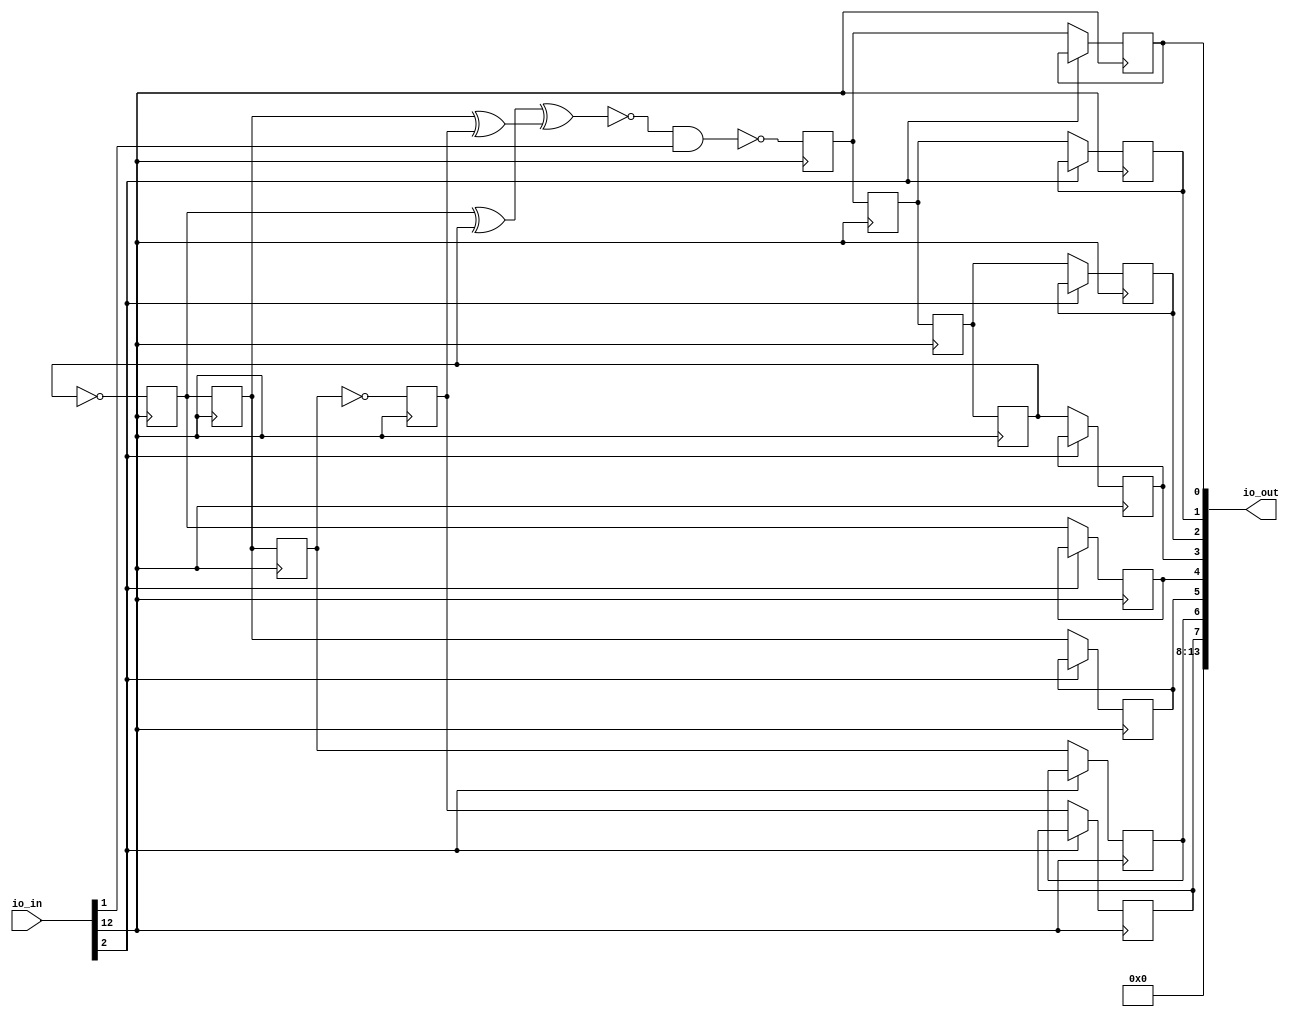
/* Generated by Yosys 0.25+83 (git sha1 755b753e1, aarch64-apple-darwin20.2-clang 10.0.0-4ubuntu1 -fPIC -Os) */

/* top =  1  */
/* src = "d31_mdhamank_lfsr/src/wrapper.v:2.9-13.18" */
module d31_mdhamank_lfsr(io_in, io_out);
  wire _00_;
  wire _01_;
  wire _02_;
  /* src = "d31_mdhamank_lfsr/src/wrapper.v:3.26-3.31" */
  input [13:0] io_in;
  wire [13:0] io_in;
  /* src = "d31_mdhamank_lfsr/src/wrapper.v:4.27-4.33" */
  output [13:0] io_out;
  wire [13:0] io_out;
  /* hdlname = "mchip flipflop1 clk" */
  /* src = "d31_mdhamank_lfsr/src/wrapper.v:8.44-11.14|d31_mdhamank_lfsr/src/cells.v:71.16-71.19|d31_mdhamank_lfsr/src/wokwi.v:65.12-69.4" */
  wire \mchip.flipflop1.clk ;
  /* hdlname = "mchip flipflop1 d" */
  /* src = "d31_mdhamank_lfsr/src/wrapper.v:8.44-11.14|d31_mdhamank_lfsr/src/cells.v:72.16-72.17|d31_mdhamank_lfsr/src/wokwi.v:65.12-69.4" */
  wire \mchip.flipflop1.d ;
  /* hdlname = "mchip flipflop1 q" */
  /* src = "d31_mdhamank_lfsr/src/wrapper.v:8.44-11.14|d31_mdhamank_lfsr/src/cells.v:73.16-73.17|d31_mdhamank_lfsr/src/wokwi.v:65.12-69.4" */
  reg \mchip.flipflop1.q ;
  /* hdlname = "mchip flipflop10 clk" */
  /* src = "d31_mdhamank_lfsr/src/wrapper.v:8.44-11.14|d31_mdhamank_lfsr/src/cells.v:71.16-71.19|d31_mdhamank_lfsr/src/wokwi.v:122.12-126.4" */
  wire \mchip.flipflop10.clk ;
  /* hdlname = "mchip flipflop10 q" */
  /* src = "d31_mdhamank_lfsr/src/wrapper.v:8.44-11.14|d31_mdhamank_lfsr/src/cells.v:73.16-73.17|d31_mdhamank_lfsr/src/wokwi.v:122.12-126.4" */
  reg \mchip.flipflop10.q ;
  /* hdlname = "mchip flipflop11 clk" */
  /* src = "d31_mdhamank_lfsr/src/wrapper.v:8.44-11.14|d31_mdhamank_lfsr/src/cells.v:71.16-71.19|d31_mdhamank_lfsr/src/wokwi.v:127.12-131.4" */
  wire \mchip.flipflop11.clk ;
  /* hdlname = "mchip flipflop11 q" */
  /* src = "d31_mdhamank_lfsr/src/wrapper.v:8.44-11.14|d31_mdhamank_lfsr/src/cells.v:73.16-73.17|d31_mdhamank_lfsr/src/wokwi.v:127.12-131.4" */
  reg \mchip.flipflop11.q ;
  /* hdlname = "mchip flipflop12 clk" */
  /* src = "d31_mdhamank_lfsr/src/wrapper.v:8.44-11.14|d31_mdhamank_lfsr/src/cells.v:71.16-71.19|d31_mdhamank_lfsr/src/wokwi.v:132.12-136.4" */
  wire \mchip.flipflop12.clk ;
  /* hdlname = "mchip flipflop12 q" */
  /* src = "d31_mdhamank_lfsr/src/wrapper.v:8.44-11.14|d31_mdhamank_lfsr/src/cells.v:73.16-73.17|d31_mdhamank_lfsr/src/wokwi.v:132.12-136.4" */
  reg \mchip.flipflop12.q ;
  /* hdlname = "mchip flipflop13 clk" */
  /* src = "d31_mdhamank_lfsr/src/wrapper.v:8.44-11.14|d31_mdhamank_lfsr/src/cells.v:71.16-71.19|d31_mdhamank_lfsr/src/wokwi.v:137.12-141.4" */
  wire \mchip.flipflop13.clk ;
  /* hdlname = "mchip flipflop13 q" */
  /* src = "d31_mdhamank_lfsr/src/wrapper.v:8.44-11.14|d31_mdhamank_lfsr/src/cells.v:73.16-73.17|d31_mdhamank_lfsr/src/wokwi.v:137.12-141.4" */
  reg \mchip.flipflop13.q ;
  /* hdlname = "mchip flipflop14 clk" */
  /* src = "d31_mdhamank_lfsr/src/wrapper.v:8.44-11.14|d31_mdhamank_lfsr/src/cells.v:71.16-71.19|d31_mdhamank_lfsr/src/wokwi.v:142.12-146.4" */
  wire \mchip.flipflop14.clk ;
  /* hdlname = "mchip flipflop14 q" */
  /* src = "d31_mdhamank_lfsr/src/wrapper.v:8.44-11.14|d31_mdhamank_lfsr/src/cells.v:73.16-73.17|d31_mdhamank_lfsr/src/wokwi.v:142.12-146.4" */
  reg \mchip.flipflop14.q ;
  /* hdlname = "mchip flipflop15 clk" */
  /* src = "d31_mdhamank_lfsr/src/wrapper.v:8.44-11.14|d31_mdhamank_lfsr/src/cells.v:71.16-71.19|d31_mdhamank_lfsr/src/wokwi.v:147.12-151.4" */
  wire \mchip.flipflop15.clk ;
  /* hdlname = "mchip flipflop15 q" */
  /* src = "d31_mdhamank_lfsr/src/wrapper.v:8.44-11.14|d31_mdhamank_lfsr/src/cells.v:73.16-73.17|d31_mdhamank_lfsr/src/wokwi.v:147.12-151.4" */
  reg \mchip.flipflop15.q ;
  /* hdlname = "mchip flipflop16 clk" */
  /* src = "d31_mdhamank_lfsr/src/wrapper.v:8.44-11.14|d31_mdhamank_lfsr/src/cells.v:71.16-71.19|d31_mdhamank_lfsr/src/wokwi.v:152.12-156.4" */
  wire \mchip.flipflop16.clk ;
  /* hdlname = "mchip flipflop16 q" */
  /* src = "d31_mdhamank_lfsr/src/wrapper.v:8.44-11.14|d31_mdhamank_lfsr/src/cells.v:73.16-73.17|d31_mdhamank_lfsr/src/wokwi.v:152.12-156.4" */
  reg \mchip.flipflop16.q ;
  /* hdlname = "mchip flipflop2 clk" */
  /* src = "d31_mdhamank_lfsr/src/wrapper.v:8.44-11.14|d31_mdhamank_lfsr/src/cells.v:71.16-71.19|d31_mdhamank_lfsr/src/wokwi.v:60.12-64.4" */
  wire \mchip.flipflop2.clk ;
  /* hdlname = "mchip flipflop2 d" */
  /* src = "d31_mdhamank_lfsr/src/wrapper.v:8.44-11.14|d31_mdhamank_lfsr/src/cells.v:72.16-72.17|d31_mdhamank_lfsr/src/wokwi.v:60.12-64.4" */
  wire \mchip.flipflop2.d ;
  /* hdlname = "mchip flipflop2 q" */
  /* src = "d31_mdhamank_lfsr/src/wrapper.v:8.44-11.14|d31_mdhamank_lfsr/src/cells.v:73.16-73.17|d31_mdhamank_lfsr/src/wokwi.v:60.12-64.4" */
  reg \mchip.flipflop2.q ;
  /* hdlname = "mchip flipflop3 clk" */
  /* src = "d31_mdhamank_lfsr/src/wrapper.v:8.44-11.14|d31_mdhamank_lfsr/src/cells.v:71.16-71.19|d31_mdhamank_lfsr/src/wokwi.v:70.12-74.4" */
  wire \mchip.flipflop3.clk ;
  /* hdlname = "mchip flipflop3 d" */
  /* src = "d31_mdhamank_lfsr/src/wrapper.v:8.44-11.14|d31_mdhamank_lfsr/src/cells.v:72.16-72.17|d31_mdhamank_lfsr/src/wokwi.v:70.12-74.4" */
  wire \mchip.flipflop3.d ;
  /* hdlname = "mchip flipflop3 q" */
  /* src = "d31_mdhamank_lfsr/src/wrapper.v:8.44-11.14|d31_mdhamank_lfsr/src/cells.v:73.16-73.17|d31_mdhamank_lfsr/src/wokwi.v:70.12-74.4" */
  reg \mchip.flipflop3.q ;
  /* hdlname = "mchip flipflop4 clk" */
  /* src = "d31_mdhamank_lfsr/src/wrapper.v:8.44-11.14|d31_mdhamank_lfsr/src/cells.v:71.16-71.19|d31_mdhamank_lfsr/src/wokwi.v:75.12-80.4" */
  wire \mchip.flipflop4.clk ;
  /* hdlname = "mchip flipflop4 d" */
  /* src = "d31_mdhamank_lfsr/src/wrapper.v:8.44-11.14|d31_mdhamank_lfsr/src/cells.v:72.16-72.17|d31_mdhamank_lfsr/src/wokwi.v:75.12-80.4" */
  wire \mchip.flipflop4.d ;
  /* hdlname = "mchip flipflop4 notq" */
  /* src = "d31_mdhamank_lfsr/src/wrapper.v:8.44-11.14|d31_mdhamank_lfsr/src/cells.v:74.17-74.21|d31_mdhamank_lfsr/src/wokwi.v:75.12-80.4" */
  wire \mchip.flipflop4.notq ;
  /* hdlname = "mchip flipflop4 q" */
  /* src = "d31_mdhamank_lfsr/src/wrapper.v:8.44-11.14|d31_mdhamank_lfsr/src/cells.v:73.16-73.17|d31_mdhamank_lfsr/src/wokwi.v:75.12-80.4" */
  reg \mchip.flipflop4.q ;
  /* hdlname = "mchip flipflop5 clk" */
  /* src = "d31_mdhamank_lfsr/src/wrapper.v:8.44-11.14|d31_mdhamank_lfsr/src/cells.v:71.16-71.19|d31_mdhamank_lfsr/src/wokwi.v:81.12-85.4" */
  wire \mchip.flipflop5.clk ;
  /* hdlname = "mchip flipflop5 d" */
  /* src = "d31_mdhamank_lfsr/src/wrapper.v:8.44-11.14|d31_mdhamank_lfsr/src/cells.v:72.16-72.17|d31_mdhamank_lfsr/src/wokwi.v:81.12-85.4" */
  wire \mchip.flipflop5.d ;
  /* hdlname = "mchip flipflop5 q" */
  /* src = "d31_mdhamank_lfsr/src/wrapper.v:8.44-11.14|d31_mdhamank_lfsr/src/cells.v:73.16-73.17|d31_mdhamank_lfsr/src/wokwi.v:81.12-85.4" */
  reg \mchip.flipflop5.q ;
  /* hdlname = "mchip flipflop6 clk" */
  /* src = "d31_mdhamank_lfsr/src/wrapper.v:8.44-11.14|d31_mdhamank_lfsr/src/cells.v:71.16-71.19|d31_mdhamank_lfsr/src/wokwi.v:86.12-91.4" */
  wire \mchip.flipflop6.clk ;
  /* hdlname = "mchip flipflop6 d" */
  /* src = "d31_mdhamank_lfsr/src/wrapper.v:8.44-11.14|d31_mdhamank_lfsr/src/cells.v:72.16-72.17|d31_mdhamank_lfsr/src/wokwi.v:86.12-91.4" */
  wire \mchip.flipflop6.d ;
  /* hdlname = "mchip flipflop6 notq" */
  /* src = "d31_mdhamank_lfsr/src/wrapper.v:8.44-11.14|d31_mdhamank_lfsr/src/cells.v:74.17-74.21|d31_mdhamank_lfsr/src/wokwi.v:86.12-91.4" */
  wire \mchip.flipflop6.notq ;
  /* hdlname = "mchip flipflop6 q" */
  /* src = "d31_mdhamank_lfsr/src/wrapper.v:8.44-11.14|d31_mdhamank_lfsr/src/cells.v:73.16-73.17|d31_mdhamank_lfsr/src/wokwi.v:86.12-91.4" */
  reg \mchip.flipflop6.q ;
  /* hdlname = "mchip flipflop7 clk" */
  /* src = "d31_mdhamank_lfsr/src/wrapper.v:8.44-11.14|d31_mdhamank_lfsr/src/cells.v:71.16-71.19|d31_mdhamank_lfsr/src/wokwi.v:92.12-96.4" */
  wire \mchip.flipflop7.clk ;
  /* hdlname = "mchip flipflop7 d" */
  /* src = "d31_mdhamank_lfsr/src/wrapper.v:8.44-11.14|d31_mdhamank_lfsr/src/cells.v:72.16-72.17|d31_mdhamank_lfsr/src/wokwi.v:92.12-96.4" */
  wire \mchip.flipflop7.d ;
  /* hdlname = "mchip flipflop7 q" */
  /* src = "d31_mdhamank_lfsr/src/wrapper.v:8.44-11.14|d31_mdhamank_lfsr/src/cells.v:73.16-73.17|d31_mdhamank_lfsr/src/wokwi.v:92.12-96.4" */
  reg \mchip.flipflop7.q ;
  /* hdlname = "mchip flipflop8 clk" */
  /* src = "d31_mdhamank_lfsr/src/wrapper.v:8.44-11.14|d31_mdhamank_lfsr/src/cells.v:71.16-71.19|d31_mdhamank_lfsr/src/wokwi.v:97.12-101.4" */
  wire \mchip.flipflop8.clk ;
  /* hdlname = "mchip flipflop8 d" */
  /* src = "d31_mdhamank_lfsr/src/wrapper.v:8.44-11.14|d31_mdhamank_lfsr/src/cells.v:72.16-72.17|d31_mdhamank_lfsr/src/wokwi.v:97.12-101.4" */
  wire \mchip.flipflop8.d ;
  /* hdlname = "mchip flipflop8 q" */
  /* src = "d31_mdhamank_lfsr/src/wrapper.v:8.44-11.14|d31_mdhamank_lfsr/src/cells.v:73.16-73.17|d31_mdhamank_lfsr/src/wokwi.v:97.12-101.4" */
  reg \mchip.flipflop8.q ;
  /* hdlname = "mchip flipflop9 clk" */
  /* src = "d31_mdhamank_lfsr/src/wrapper.v:8.44-11.14|d31_mdhamank_lfsr/src/cells.v:71.16-71.19|d31_mdhamank_lfsr/src/wokwi.v:117.12-121.4" */
  wire \mchip.flipflop9.clk ;
  /* hdlname = "mchip flipflop9 q" */
  /* src = "d31_mdhamank_lfsr/src/wrapper.v:8.44-11.14|d31_mdhamank_lfsr/src/cells.v:73.16-73.17|d31_mdhamank_lfsr/src/wokwi.v:117.12-121.4" */
  reg \mchip.flipflop9.q ;
  /* hdlname = "mchip gate5 in" */
  /* src = "d31_mdhamank_lfsr/src/wrapper.v:8.44-11.14|d31_mdhamank_lfsr/src/cells.v:53.16-53.18|d31_mdhamank_lfsr/src/wokwi.v:56.12-59.4" */
  wire \mchip.gate5.in ;
  /* hdlname = "mchip io_in" */
  /* src = "d31_mdhamank_lfsr/src/wrapper.v:8.44-11.14|d31_mdhamank_lfsr/src/wokwi.v:6.15-6.20" */
  /* unused_bits = "3 4 5 6 7" */
  wire [7:0] \mchip.io_in ;
  /* hdlname = "mchip io_out" */
  /* src = "d31_mdhamank_lfsr/src/wrapper.v:8.44-11.14|d31_mdhamank_lfsr/src/wokwi.v:7.16-7.22" */
  wire [7:0] \mchip.io_out ;
  /* hdlname = "mchip mux1 out" */
  /* src = "d31_mdhamank_lfsr/src/wrapper.v:8.44-11.14|d31_mdhamank_lfsr/src/cells.v:64.17-64.20|d31_mdhamank_lfsr/src/wokwi.v:157.12-162.4" */
  wire \mchip.mux1.out ;
  /* hdlname = "mchip mux1 sel" */
  /* src = "d31_mdhamank_lfsr/src/wrapper.v:8.44-11.14|d31_mdhamank_lfsr/src/cells.v:63.16-63.19|d31_mdhamank_lfsr/src/wokwi.v:157.12-162.4" */
  wire \mchip.mux1.sel ;
  /* hdlname = "mchip mux2 a" */
  /* src = "d31_mdhamank_lfsr/src/wrapper.v:8.44-11.14|d31_mdhamank_lfsr/src/cells.v:61.16-61.17|d31_mdhamank_lfsr/src/wokwi.v:163.12-168.4" */
  wire \mchip.mux2.a ;
  /* hdlname = "mchip mux2 b" */
  /* src = "d31_mdhamank_lfsr/src/wrapper.v:8.44-11.14|d31_mdhamank_lfsr/src/cells.v:62.16-62.17|d31_mdhamank_lfsr/src/wokwi.v:163.12-168.4" */
  wire \mchip.mux2.b ;
  /* hdlname = "mchip mux2 sel" */
  /* src = "d31_mdhamank_lfsr/src/wrapper.v:8.44-11.14|d31_mdhamank_lfsr/src/cells.v:63.16-63.19|d31_mdhamank_lfsr/src/wokwi.v:163.12-168.4" */
  wire \mchip.mux2.sel ;
  /* hdlname = "mchip mux3 a" */
  /* src = "d31_mdhamank_lfsr/src/wrapper.v:8.44-11.14|d31_mdhamank_lfsr/src/cells.v:61.16-61.17|d31_mdhamank_lfsr/src/wokwi.v:169.12-174.4" */
  wire \mchip.mux3.a ;
  /* hdlname = "mchip mux3 b" */
  /* src = "d31_mdhamank_lfsr/src/wrapper.v:8.44-11.14|d31_mdhamank_lfsr/src/cells.v:62.16-62.17|d31_mdhamank_lfsr/src/wokwi.v:169.12-174.4" */
  wire \mchip.mux3.b ;
  /* hdlname = "mchip mux3 sel" */
  /* src = "d31_mdhamank_lfsr/src/wrapper.v:8.44-11.14|d31_mdhamank_lfsr/src/cells.v:63.16-63.19|d31_mdhamank_lfsr/src/wokwi.v:169.12-174.4" */
  wire \mchip.mux3.sel ;
  /* hdlname = "mchip mux4 a" */
  /* src = "d31_mdhamank_lfsr/src/wrapper.v:8.44-11.14|d31_mdhamank_lfsr/src/cells.v:61.16-61.17|d31_mdhamank_lfsr/src/wokwi.v:175.12-180.4" */
  wire \mchip.mux4.a ;
  /* hdlname = "mchip mux4 b" */
  /* src = "d31_mdhamank_lfsr/src/wrapper.v:8.44-11.14|d31_mdhamank_lfsr/src/cells.v:62.16-62.17|d31_mdhamank_lfsr/src/wokwi.v:175.12-180.4" */
  wire \mchip.mux4.b ;
  /* hdlname = "mchip mux4 sel" */
  /* src = "d31_mdhamank_lfsr/src/wrapper.v:8.44-11.14|d31_mdhamank_lfsr/src/cells.v:63.16-63.19|d31_mdhamank_lfsr/src/wokwi.v:175.12-180.4" */
  wire \mchip.mux4.sel ;
  /* hdlname = "mchip mux5 a" */
  /* src = "d31_mdhamank_lfsr/src/wrapper.v:8.44-11.14|d31_mdhamank_lfsr/src/cells.v:61.16-61.17|d31_mdhamank_lfsr/src/wokwi.v:181.12-186.4" */
  wire \mchip.mux5.a ;
  /* hdlname = "mchip mux5 b" */
  /* src = "d31_mdhamank_lfsr/src/wrapper.v:8.44-11.14|d31_mdhamank_lfsr/src/cells.v:62.16-62.17|d31_mdhamank_lfsr/src/wokwi.v:181.12-186.4" */
  wire \mchip.mux5.b ;
  /* hdlname = "mchip mux5 sel" */
  /* src = "d31_mdhamank_lfsr/src/wrapper.v:8.44-11.14|d31_mdhamank_lfsr/src/cells.v:63.16-63.19|d31_mdhamank_lfsr/src/wokwi.v:181.12-186.4" */
  wire \mchip.mux5.sel ;
  /* hdlname = "mchip mux6 a" */
  /* src = "d31_mdhamank_lfsr/src/wrapper.v:8.44-11.14|d31_mdhamank_lfsr/src/cells.v:61.16-61.17|d31_mdhamank_lfsr/src/wokwi.v:187.12-192.4" */
  wire \mchip.mux6.a ;
  /* hdlname = "mchip mux6 b" */
  /* src = "d31_mdhamank_lfsr/src/wrapper.v:8.44-11.14|d31_mdhamank_lfsr/src/cells.v:62.16-62.17|d31_mdhamank_lfsr/src/wokwi.v:187.12-192.4" */
  wire \mchip.mux6.b ;
  /* hdlname = "mchip mux6 sel" */
  /* src = "d31_mdhamank_lfsr/src/wrapper.v:8.44-11.14|d31_mdhamank_lfsr/src/cells.v:63.16-63.19|d31_mdhamank_lfsr/src/wokwi.v:187.12-192.4" */
  wire \mchip.mux6.sel ;
  /* hdlname = "mchip mux7 a" */
  /* src = "d31_mdhamank_lfsr/src/wrapper.v:8.44-11.14|d31_mdhamank_lfsr/src/cells.v:61.16-61.17|d31_mdhamank_lfsr/src/wokwi.v:193.12-198.4" */
  wire \mchip.mux7.a ;
  /* hdlname = "mchip mux7 b" */
  /* src = "d31_mdhamank_lfsr/src/wrapper.v:8.44-11.14|d31_mdhamank_lfsr/src/cells.v:62.16-62.17|d31_mdhamank_lfsr/src/wokwi.v:193.12-198.4" */
  wire \mchip.mux7.b ;
  /* hdlname = "mchip mux7 sel" */
  /* src = "d31_mdhamank_lfsr/src/wrapper.v:8.44-11.14|d31_mdhamank_lfsr/src/cells.v:63.16-63.19|d31_mdhamank_lfsr/src/wokwi.v:193.12-198.4" */
  wire \mchip.mux7.sel ;
  /* hdlname = "mchip mux8 a" */
  /* src = "d31_mdhamank_lfsr/src/wrapper.v:8.44-11.14|d31_mdhamank_lfsr/src/cells.v:61.16-61.17|d31_mdhamank_lfsr/src/wokwi.v:199.12-204.4" */
  wire \mchip.mux8.a ;
  /* hdlname = "mchip mux8 b" */
  /* src = "d31_mdhamank_lfsr/src/wrapper.v:8.44-11.14|d31_mdhamank_lfsr/src/cells.v:62.16-62.17|d31_mdhamank_lfsr/src/wokwi.v:199.12-204.4" */
  wire \mchip.mux8.b ;
  /* hdlname = "mchip mux8 sel" */
  /* src = "d31_mdhamank_lfsr/src/wrapper.v:8.44-11.14|d31_mdhamank_lfsr/src/cells.v:63.16-63.19|d31_mdhamank_lfsr/src/wokwi.v:199.12-204.4" */
  wire \mchip.mux8.sel ;
  /* hdlname = "mchip mux9 a" */
  /* src = "d31_mdhamank_lfsr/src/wrapper.v:8.44-11.14|d31_mdhamank_lfsr/src/cells.v:61.16-61.17|d31_mdhamank_lfsr/src/wokwi.v:205.12-210.4" */
  wire \mchip.mux9.a ;
  /* hdlname = "mchip mux9 b" */
  /* src = "d31_mdhamank_lfsr/src/wrapper.v:8.44-11.14|d31_mdhamank_lfsr/src/cells.v:62.16-62.17|d31_mdhamank_lfsr/src/wokwi.v:205.12-210.4" */
  wire \mchip.mux9.b ;
  /* hdlname = "mchip mux9 sel" */
  /* src = "d31_mdhamank_lfsr/src/wrapper.v:8.44-11.14|d31_mdhamank_lfsr/src/cells.v:63.16-63.19|d31_mdhamank_lfsr/src/wokwi.v:205.12-210.4" */
  wire \mchip.mux9.sel ;
  /* hdlname = "mchip net1" */
  /* src = "d31_mdhamank_lfsr/src/wrapper.v:8.44-11.14|d31_mdhamank_lfsr/src/wokwi.v:9.8-9.12" */
  wire \mchip.net1 ;
  /* hdlname = "mchip net10" */
  /* src = "d31_mdhamank_lfsr/src/wrapper.v:8.44-11.14|d31_mdhamank_lfsr/src/wokwi.v:18.8-18.13" */
  wire \mchip.net10 ;
  /* hdlname = "mchip net11" */
  /* src = "d31_mdhamank_lfsr/src/wrapper.v:8.44-11.14|d31_mdhamank_lfsr/src/wokwi.v:19.8-19.13" */
  wire \mchip.net11 ;
  /* hdlname = "mchip net12" */
  /* src = "d31_mdhamank_lfsr/src/wrapper.v:8.44-11.14|d31_mdhamank_lfsr/src/wokwi.v:20.8-20.13" */
  wire \mchip.net12 ;
  /* hdlname = "mchip net13" */
  /* src = "d31_mdhamank_lfsr/src/wrapper.v:8.44-11.14|d31_mdhamank_lfsr/src/wokwi.v:21.8-21.13" */
  wire \mchip.net13 ;
  /* hdlname = "mchip net15" */
  /* src = "d31_mdhamank_lfsr/src/wrapper.v:8.44-11.14|d31_mdhamank_lfsr/src/wokwi.v:23.8-23.13" */
  wire \mchip.net15 ;
  /* hdlname = "mchip net16" */
  /* src = "d31_mdhamank_lfsr/src/wrapper.v:8.44-11.14|d31_mdhamank_lfsr/src/wokwi.v:24.8-24.13" */
  wire \mchip.net16 ;
  /* hdlname = "mchip net17" */
  /* src = "d31_mdhamank_lfsr/src/wrapper.v:8.44-11.14|d31_mdhamank_lfsr/src/wokwi.v:25.8-25.13" */
  wire \mchip.net17 ;
  /* hdlname = "mchip net18" */
  /* src = "d31_mdhamank_lfsr/src/wrapper.v:8.44-11.14|d31_mdhamank_lfsr/src/wokwi.v:26.8-26.13" */
  wire \mchip.net18 ;
  /* hdlname = "mchip net19" */
  /* src = "d31_mdhamank_lfsr/src/wrapper.v:8.44-11.14|d31_mdhamank_lfsr/src/wokwi.v:27.8-27.13" */
  wire \mchip.net19 ;
  /* hdlname = "mchip net2" */
  /* src = "d31_mdhamank_lfsr/src/wrapper.v:8.44-11.14|d31_mdhamank_lfsr/src/wokwi.v:10.8-10.12" */
  wire \mchip.net2 ;
  /* hdlname = "mchip net20" */
  /* src = "d31_mdhamank_lfsr/src/wrapper.v:8.44-11.14|d31_mdhamank_lfsr/src/wokwi.v:28.8-28.13" */
  wire \mchip.net20 ;
  /* hdlname = "mchip net21" */
  /* src = "d31_mdhamank_lfsr/src/wrapper.v:8.44-11.14|d31_mdhamank_lfsr/src/wokwi.v:29.8-29.13" */
  wire \mchip.net21 ;
  /* hdlname = "mchip net22" */
  /* src = "d31_mdhamank_lfsr/src/wrapper.v:8.44-11.14|d31_mdhamank_lfsr/src/wokwi.v:30.8-30.13" */
  wire \mchip.net22 ;
  /* hdlname = "mchip net23" */
  /* src = "d31_mdhamank_lfsr/src/wrapper.v:8.44-11.14|d31_mdhamank_lfsr/src/wokwi.v:31.8-31.13" */
  wire \mchip.net23 ;
  /* hdlname = "mchip net24" */
  /* src = "d31_mdhamank_lfsr/src/wrapper.v:8.44-11.14|d31_mdhamank_lfsr/src/wokwi.v:32.8-32.13" */
  wire \mchip.net24 ;
  /* hdlname = "mchip net25" */
  /* src = "d31_mdhamank_lfsr/src/wrapper.v:8.44-11.14|d31_mdhamank_lfsr/src/wokwi.v:33.8-33.13" */
  wire \mchip.net25 ;
  /* hdlname = "mchip net26" */
  /* src = "d31_mdhamank_lfsr/src/wrapper.v:8.44-11.14|d31_mdhamank_lfsr/src/wokwi.v:34.8-34.13" */
  wire \mchip.net26 ;
  /* hdlname = "mchip net3" */
  /* src = "d31_mdhamank_lfsr/src/wrapper.v:8.44-11.14|d31_mdhamank_lfsr/src/wokwi.v:11.8-11.12" */
  wire \mchip.net3 ;
  /* hdlname = "mchip net4" */
  /* src = "d31_mdhamank_lfsr/src/wrapper.v:8.44-11.14|d31_mdhamank_lfsr/src/wokwi.v:12.8-12.12" */
  wire \mchip.net4 ;
  /* hdlname = "mchip net5" */
  /* src = "d31_mdhamank_lfsr/src/wrapper.v:8.44-11.14|d31_mdhamank_lfsr/src/wokwi.v:13.8-13.12" */
  wire \mchip.net5 ;
  /* hdlname = "mchip net6" */
  /* src = "d31_mdhamank_lfsr/src/wrapper.v:8.44-11.14|d31_mdhamank_lfsr/src/wokwi.v:14.8-14.12" */
  wire \mchip.net6 ;
  /* hdlname = "mchip net7" */
  /* src = "d31_mdhamank_lfsr/src/wrapper.v:8.44-11.14|d31_mdhamank_lfsr/src/wokwi.v:15.8-15.12" */
  wire \mchip.net7 ;
  /* hdlname = "mchip net8" */
  /* src = "d31_mdhamank_lfsr/src/wrapper.v:8.44-11.14|d31_mdhamank_lfsr/src/wokwi.v:16.8-16.12" */
  wire \mchip.net8 ;
  /* hdlname = "mchip net9" */
  /* src = "d31_mdhamank_lfsr/src/wrapper.v:8.44-11.14|d31_mdhamank_lfsr/src/wokwi.v:17.8-17.12" */
  wire \mchip.net9 ;
  /* hdlname = "mchip xor2 a" */
  /* src = "d31_mdhamank_lfsr/src/wrapper.v:8.44-11.14|d31_mdhamank_lfsr/src/cells.v:35.16-35.17|d31_mdhamank_lfsr/src/wokwi.v:107.12-111.4" */
  wire \mchip.xor2.a ;
  /* hdlname = "mchip xor2 b" */
  /* src = "d31_mdhamank_lfsr/src/wrapper.v:8.44-11.14|d31_mdhamank_lfsr/src/cells.v:36.16-36.17|d31_mdhamank_lfsr/src/wokwi.v:107.12-111.4" */
  wire \mchip.xor2.b ;
  /* hdlname = "mchip xor3 a" */
  /* src = "d31_mdhamank_lfsr/src/wrapper.v:8.44-11.14|d31_mdhamank_lfsr/src/cells.v:35.16-35.17|d31_mdhamank_lfsr/src/wokwi.v:112.12-116.4" */
  wire \mchip.xor3.a ;
  /* hdlname = "mchip xor3 b" */
  /* src = "d31_mdhamank_lfsr/src/wrapper.v:8.44-11.14|d31_mdhamank_lfsr/src/cells.v:36.16-36.17|d31_mdhamank_lfsr/src/wokwi.v:112.12-116.4" */
  wire \mchip.xor3.b ;
  assign \mchip.flipflop8.d  = ~\mchip.flipflop6.q ;
  assign \mchip.flipflop5.d  = ~\mchip.flipflop4.q ;
  assign _00_ = \mchip.flipflop7.q  ^ \mchip.flipflop8.q ;
  assign _01_ = \mchip.flipflop5.q  ^ \mchip.flipflop4.q ;
  assign _02_ = ~(_01_ ^ _00_);
  assign \mchip.flipflop2.d  = ~(_02_ & io_in[1]);
  /* src = "d31_mdhamank_lfsr/src/wrapper.v:8.44-11.14|d31_mdhamank_lfsr/src/cells.v:78.5-79.16|d31_mdhamank_lfsr/src/wokwi.v:142.12-146.4" */
  always @(posedge io_in[12])
    if (!io_in[2]) \mchip.flipflop14.q  <= \mchip.flipflop6.q ;
  /* src = "d31_mdhamank_lfsr/src/wrapper.v:8.44-11.14|d31_mdhamank_lfsr/src/cells.v:78.5-79.16|d31_mdhamank_lfsr/src/wokwi.v:137.12-141.4" */
  always @(posedge io_in[12])
    if (!io_in[2]) \mchip.flipflop13.q  <= \mchip.flipflop5.q ;
  /* src = "d31_mdhamank_lfsr/src/wrapper.v:8.44-11.14|d31_mdhamank_lfsr/src/cells.v:78.5-79.16|d31_mdhamank_lfsr/src/wokwi.v:132.12-136.4" */
  always @(posedge io_in[12])
    if (!io_in[2]) \mchip.flipflop12.q  <= \mchip.flipflop4.q ;
  /* src = "d31_mdhamank_lfsr/src/wrapper.v:8.44-11.14|d31_mdhamank_lfsr/src/cells.v:78.5-79.16|d31_mdhamank_lfsr/src/wokwi.v:127.12-131.4" */
  always @(posedge io_in[12])
    if (!io_in[2]) \mchip.flipflop11.q  <= \mchip.flipflop3.q ;
  /* src = "d31_mdhamank_lfsr/src/wrapper.v:8.44-11.14|d31_mdhamank_lfsr/src/cells.v:78.5-79.16|d31_mdhamank_lfsr/src/wokwi.v:122.12-126.4" */
  always @(posedge io_in[12])
    if (!io_in[2]) \mchip.flipflop10.q  <= \mchip.flipflop1.q ;
  /* src = "d31_mdhamank_lfsr/src/wrapper.v:8.44-11.14|d31_mdhamank_lfsr/src/cells.v:78.5-79.16|d31_mdhamank_lfsr/src/wokwi.v:152.12-156.4" */
  always @(posedge io_in[12])
    if (!io_in[2]) \mchip.flipflop16.q  <= \mchip.flipflop8.q ;
  /* src = "d31_mdhamank_lfsr/src/wrapper.v:8.44-11.14|d31_mdhamank_lfsr/src/cells.v:78.5-79.16|d31_mdhamank_lfsr/src/wokwi.v:97.12-101.4" */
  always @(posedge io_in[12])
    \mchip.flipflop8.q  <= \mchip.flipflop8.d ;
  /* src = "d31_mdhamank_lfsr/src/wrapper.v:8.44-11.14|d31_mdhamank_lfsr/src/cells.v:78.5-79.16|d31_mdhamank_lfsr/src/wokwi.v:92.12-96.4" */
  always @(posedge io_in[12])
    \mchip.flipflop7.q  <= \mchip.flipflop5.q ;
  /* src = "d31_mdhamank_lfsr/src/wrapper.v:8.44-11.14|d31_mdhamank_lfsr/src/cells.v:78.5-79.16|d31_mdhamank_lfsr/src/wokwi.v:86.12-91.4" */
  always @(posedge io_in[12])
    \mchip.flipflop6.q  <= \mchip.flipflop7.q ;
  /* src = "d31_mdhamank_lfsr/src/wrapper.v:8.44-11.14|d31_mdhamank_lfsr/src/cells.v:78.5-79.16|d31_mdhamank_lfsr/src/wokwi.v:81.12-85.4" */
  always @(posedge io_in[12])
    \mchip.flipflop5.q  <= \mchip.flipflop5.d ;
  /* src = "d31_mdhamank_lfsr/src/wrapper.v:8.44-11.14|d31_mdhamank_lfsr/src/cells.v:78.5-79.16|d31_mdhamank_lfsr/src/wokwi.v:75.12-80.4" */
  always @(posedge io_in[12])
    \mchip.flipflop4.q  <= \mchip.flipflop1.q ;
  /* src = "d31_mdhamank_lfsr/src/wrapper.v:8.44-11.14|d31_mdhamank_lfsr/src/cells.v:78.5-79.16|d31_mdhamank_lfsr/src/wokwi.v:70.12-74.4" */
  always @(posedge io_in[12])
    \mchip.flipflop3.q  <= \mchip.flipflop2.q ;
  /* src = "d31_mdhamank_lfsr/src/wrapper.v:8.44-11.14|d31_mdhamank_lfsr/src/cells.v:78.5-79.16|d31_mdhamank_lfsr/src/wokwi.v:65.12-69.4" */
  always @(posedge io_in[12])
    \mchip.flipflop1.q  <= \mchip.flipflop3.q ;
  /* src = "d31_mdhamank_lfsr/src/wrapper.v:8.44-11.14|d31_mdhamank_lfsr/src/cells.v:78.5-79.16|d31_mdhamank_lfsr/src/wokwi.v:60.12-64.4" */
  always @(posedge io_in[12])
    \mchip.flipflop2.q  <= \mchip.flipflop2.d ;
  /* src = "d31_mdhamank_lfsr/src/wrapper.v:8.44-11.14|d31_mdhamank_lfsr/src/cells.v:78.5-79.16|d31_mdhamank_lfsr/src/wokwi.v:117.12-121.4" */
  always @(posedge io_in[12])
    if (!io_in[2]) \mchip.flipflop9.q  <= \mchip.flipflop2.q ;
  /* src = "d31_mdhamank_lfsr/src/wrapper.v:8.44-11.14|d31_mdhamank_lfsr/src/cells.v:78.5-79.16|d31_mdhamank_lfsr/src/wokwi.v:147.12-151.4" */
  always @(posedge io_in[12])
    if (!io_in[2]) \mchip.flipflop15.q  <= \mchip.flipflop7.q ;
  assign io_out = { 6'h00, \mchip.flipflop16.q , \mchip.flipflop14.q , \mchip.flipflop15.q , \mchip.flipflop13.q , \mchip.flipflop12.q , \mchip.flipflop10.q , \mchip.flipflop11.q , \mchip.flipflop9.q  };
  assign \mchip.flipflop1.clk  = io_in[12];
  assign \mchip.flipflop1.d  = \mchip.flipflop3.q ;
  assign \mchip.flipflop10.clk  = io_in[12];
  assign \mchip.flipflop11.clk  = io_in[12];
  assign \mchip.flipflop12.clk  = io_in[12];
  assign \mchip.flipflop13.clk  = io_in[12];
  assign \mchip.flipflop14.clk  = io_in[12];
  assign \mchip.flipflop15.clk  = io_in[12];
  assign \mchip.flipflop16.clk  = io_in[12];
  assign \mchip.flipflop2.clk  = io_in[12];
  assign \mchip.flipflop3.clk  = io_in[12];
  assign \mchip.flipflop3.d  = \mchip.flipflop2.q ;
  assign \mchip.flipflop4.clk  = io_in[12];
  assign \mchip.flipflop4.d  = \mchip.flipflop1.q ;
  assign \mchip.flipflop4.notq  = \mchip.flipflop5.d ;
  assign \mchip.flipflop5.clk  = io_in[12];
  assign \mchip.flipflop6.clk  = io_in[12];
  assign \mchip.flipflop6.d  = \mchip.flipflop7.q ;
  assign \mchip.flipflop6.notq  = \mchip.flipflop8.d ;
  assign \mchip.flipflop7.clk  = io_in[12];
  assign \mchip.flipflop7.d  = \mchip.flipflop5.q ;
  assign \mchip.flipflop8.clk  = io_in[12];
  assign \mchip.flipflop9.clk  = io_in[12];
  assign \mchip.gate5.in  = io_in[1];
  assign \mchip.io_in  = { io_in[7:1], io_in[12] };
  assign \mchip.io_out  = { \mchip.flipflop16.q , \mchip.flipflop14.q , \mchip.flipflop15.q , \mchip.flipflop13.q , \mchip.flipflop12.q , \mchip.flipflop10.q , \mchip.flipflop11.q , \mchip.flipflop9.q  };
  assign \mchip.mux1.out  = \mchip.flipflop2.d ;
  assign \mchip.mux1.sel  = io_in[1];
  assign \mchip.mux2.a  = \mchip.flipflop2.q ;
  assign \mchip.mux2.b  = \mchip.flipflop9.q ;
  assign \mchip.mux2.sel  = io_in[2];
  assign \mchip.mux3.a  = \mchip.flipflop3.q ;
  assign \mchip.mux3.b  = \mchip.flipflop11.q ;
  assign \mchip.mux3.sel  = io_in[2];
  assign \mchip.mux4.a  = \mchip.flipflop1.q ;
  assign \mchip.mux4.b  = \mchip.flipflop10.q ;
  assign \mchip.mux4.sel  = io_in[2];
  assign \mchip.mux5.a  = \mchip.flipflop4.q ;
  assign \mchip.mux5.b  = \mchip.flipflop12.q ;
  assign \mchip.mux5.sel  = io_in[2];
  assign \mchip.mux6.a  = \mchip.flipflop5.q ;
  assign \mchip.mux6.b  = \mchip.flipflop13.q ;
  assign \mchip.mux6.sel  = io_in[2];
  assign \mchip.mux7.a  = \mchip.flipflop7.q ;
  assign \mchip.mux7.b  = \mchip.flipflop15.q ;
  assign \mchip.mux7.sel  = io_in[2];
  assign \mchip.mux8.a  = \mchip.flipflop6.q ;
  assign \mchip.mux8.b  = \mchip.flipflop14.q ;
  assign \mchip.mux8.sel  = io_in[2];
  assign \mchip.mux9.a  = \mchip.flipflop8.q ;
  assign \mchip.mux9.b  = \mchip.flipflop16.q ;
  assign \mchip.mux9.sel  = io_in[2];
  assign \mchip.net1  = io_in[12];
  assign \mchip.net10  = \mchip.flipflop14.q ;
  assign \mchip.net11  = \mchip.flipflop16.q ;
  assign \mchip.net12  = 1'h0;
  assign \mchip.net13  = 1'h1;
  assign \mchip.net15  = 1'h1;
  assign \mchip.net16  = \mchip.flipflop2.d ;
  assign \mchip.net17  = \mchip.flipflop2.q ;
  assign \mchip.net18  = \mchip.flipflop3.q ;
  assign \mchip.net19  = \mchip.flipflop1.q ;
  assign \mchip.net2  = io_in[1];
  assign \mchip.net20  = \mchip.flipflop4.q ;
  assign \mchip.net21  = \mchip.flipflop5.d ;
  assign \mchip.net22  = \mchip.flipflop5.q ;
  assign \mchip.net23  = \mchip.flipflop7.q ;
  assign \mchip.net24  = \mchip.flipflop6.q ;
  assign \mchip.net25  = \mchip.flipflop8.d ;
  assign \mchip.net26  = \mchip.flipflop8.q ;
  assign \mchip.net3  = io_in[2];
  assign \mchip.net4  = \mchip.flipflop9.q ;
  assign \mchip.net5  = \mchip.flipflop11.q ;
  assign \mchip.net6  = \mchip.flipflop10.q ;
  assign \mchip.net7  = \mchip.flipflop12.q ;
  assign \mchip.net8  = \mchip.flipflop13.q ;
  assign \mchip.net9  = \mchip.flipflop15.q ;
  assign \mchip.xor2.a  = \mchip.flipflop7.q ;
  assign \mchip.xor2.b  = \mchip.flipflop8.q ;
  assign \mchip.xor3.a  = \mchip.flipflop4.q ;
  assign \mchip.xor3.b  = \mchip.flipflop5.q ;
endmodule